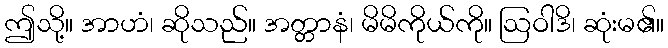
ဤသို့။ အာဟံ၊ ဆိုသည်။ အတ္တာနံ၊ မိမိကိုယ်ကို။ ဩဝါဒိ၊ ဆုံးမ၏။